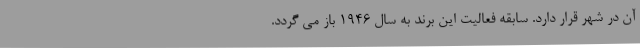
آن در شهر قرار دارد. سابقه فعالیت این برند به سال 1946 باز می گردد.